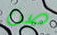
صن